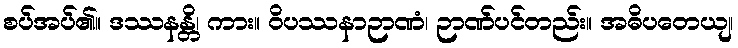
စပ်အပ်၏။ ဒဿနန္တိ၊ ကား။ ဝိပဿနာဉာဏံ၊ ဉာဏ်ပင်တည်း။ အဓိပတေယျ၊